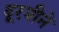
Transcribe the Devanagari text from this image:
दूरबीने